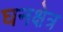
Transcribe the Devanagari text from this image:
घनक्षेत्र